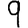
Digit: 9